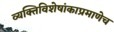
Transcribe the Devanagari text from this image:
व्यक्तिविशेषांकाप्रमाणेच